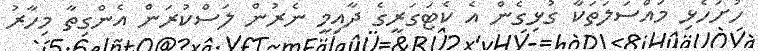
ހުށަހެޅި މައްސަލަތަކާ ގުޅިގެން އެ ކެޓަގަރީގެ ދާއިމީ ނެރުން ލަސްކުރަން އެންގިތާ މިހާރު